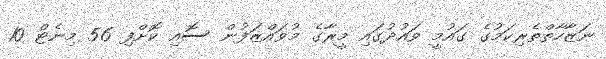
ނަޒާހާތްތެރިކަމުގެ ގައުމީ ވައުދުގައި މީރާގެ މުވައްޒަފުން ސޮއި ކޮށްފި 56 މިނެޓް 10